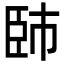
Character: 𦣢